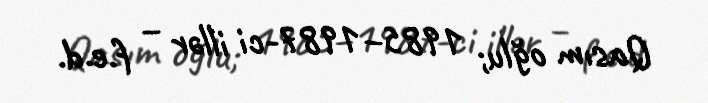
Qasım oğlu; 1985–1987-ci illər – f.e.d.